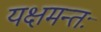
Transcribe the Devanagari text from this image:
यक्षमन्तः